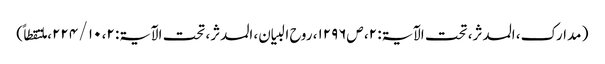
( مدارک، المدثر، تحت الآیۃ: ۲، ص۱۲۹۶، روح البیان، المدثر، تحت الآیۃ: ۲، ۱۰ / ۲۲۴، ملتقطاً)